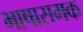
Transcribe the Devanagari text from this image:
भाषासमक